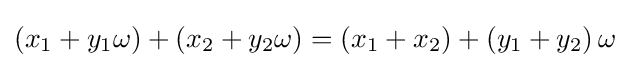
\left(x_{1}+y_{1}\omega \right)+\left(x_{2}+y_{2}\omega \right)=\left(x_{1}+x_{2}\right)+\left(y_{1}+y_{2}\right)\omega